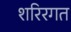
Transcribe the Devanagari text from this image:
शरिरगत